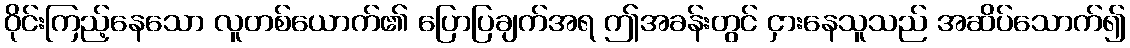
ဝိုင်းကြည့်နေသော လူတစ်ယောက်၏ ပြောပြချက်အရ ဤအခန်းတွင် ငှားနေသူသည် အဆိပ်သောက်၍